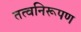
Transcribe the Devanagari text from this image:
तत्वनिरूपण